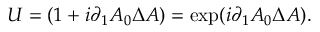
U = ( 1 + i \partial _ { 1 } A _ { 0 } \Delta A ) = \exp ( i \partial _ { 1 } A _ { 0 } \Delta A ) .